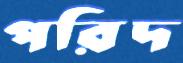
পরিদ